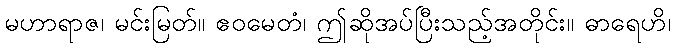
မဟာရာဇ၊ မင်းမြတ်။ ဧဝမေတံ၊ ဤဆိုအပ်ပြီးသည့်အတိုင်း။ ဓာရေဟိ၊